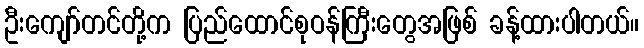
ဦးကျော်တင်တို့က ပြည်ထောင်စုဝန်ကြီးတွေအဖြစ် ခန့်ထားပါတယ်။